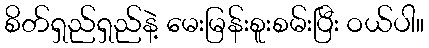
စိတ်ရှည်ရှည်နဲ့ မေးမြန်းစူးစမ်းပြီး ဝယ်ပါ။